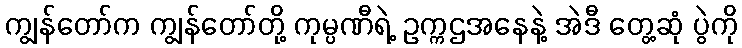
ကျွန်တော်က ကျွန်တော်တို့ ကုမ္ပဏီရဲ့ ဥက္ကဌအနေနဲ့ အဲဒီ တွေ့ဆုံ ပွဲကို